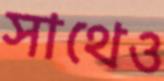
সাথেও